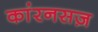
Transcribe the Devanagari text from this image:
कांरनसज़